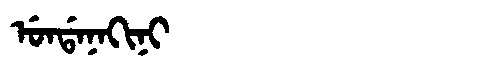
Manchu: ᡠᠨᡩᠠᠨᠠᡴᡳᠨᡳ
Romanization: UNDANAKINI